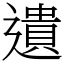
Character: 遺